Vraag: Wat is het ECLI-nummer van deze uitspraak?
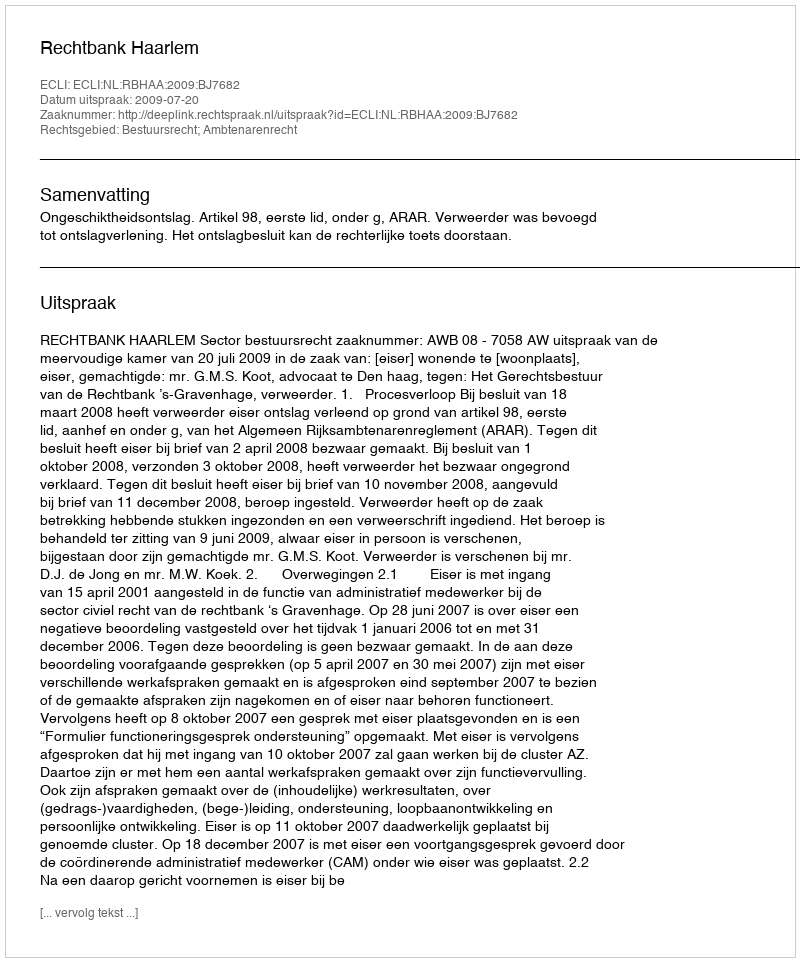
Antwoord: ECLI:NL:RBHAA:2009:BJ7682